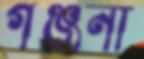
গঞ্জনা